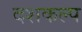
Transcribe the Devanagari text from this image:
दशकल्प